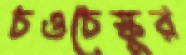
চওচেস্কুর